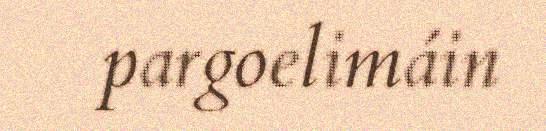
pargoelimáin